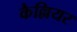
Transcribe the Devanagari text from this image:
कैल्लियर